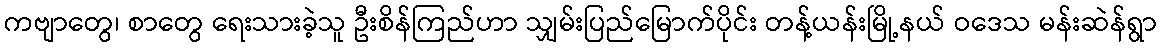
ကဗျာတွေ၊ စာတွေ ရေးသားခဲ့သူ ဦးစိန်ကြည်ဟာ သျှမ်းပြည်မြောက်ပိုင်း တန့်ယန်းမြို့နယ် ဝဒေသ မန်းဆဲန်ရွာ